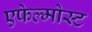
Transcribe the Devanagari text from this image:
एफेल्मोस्ट